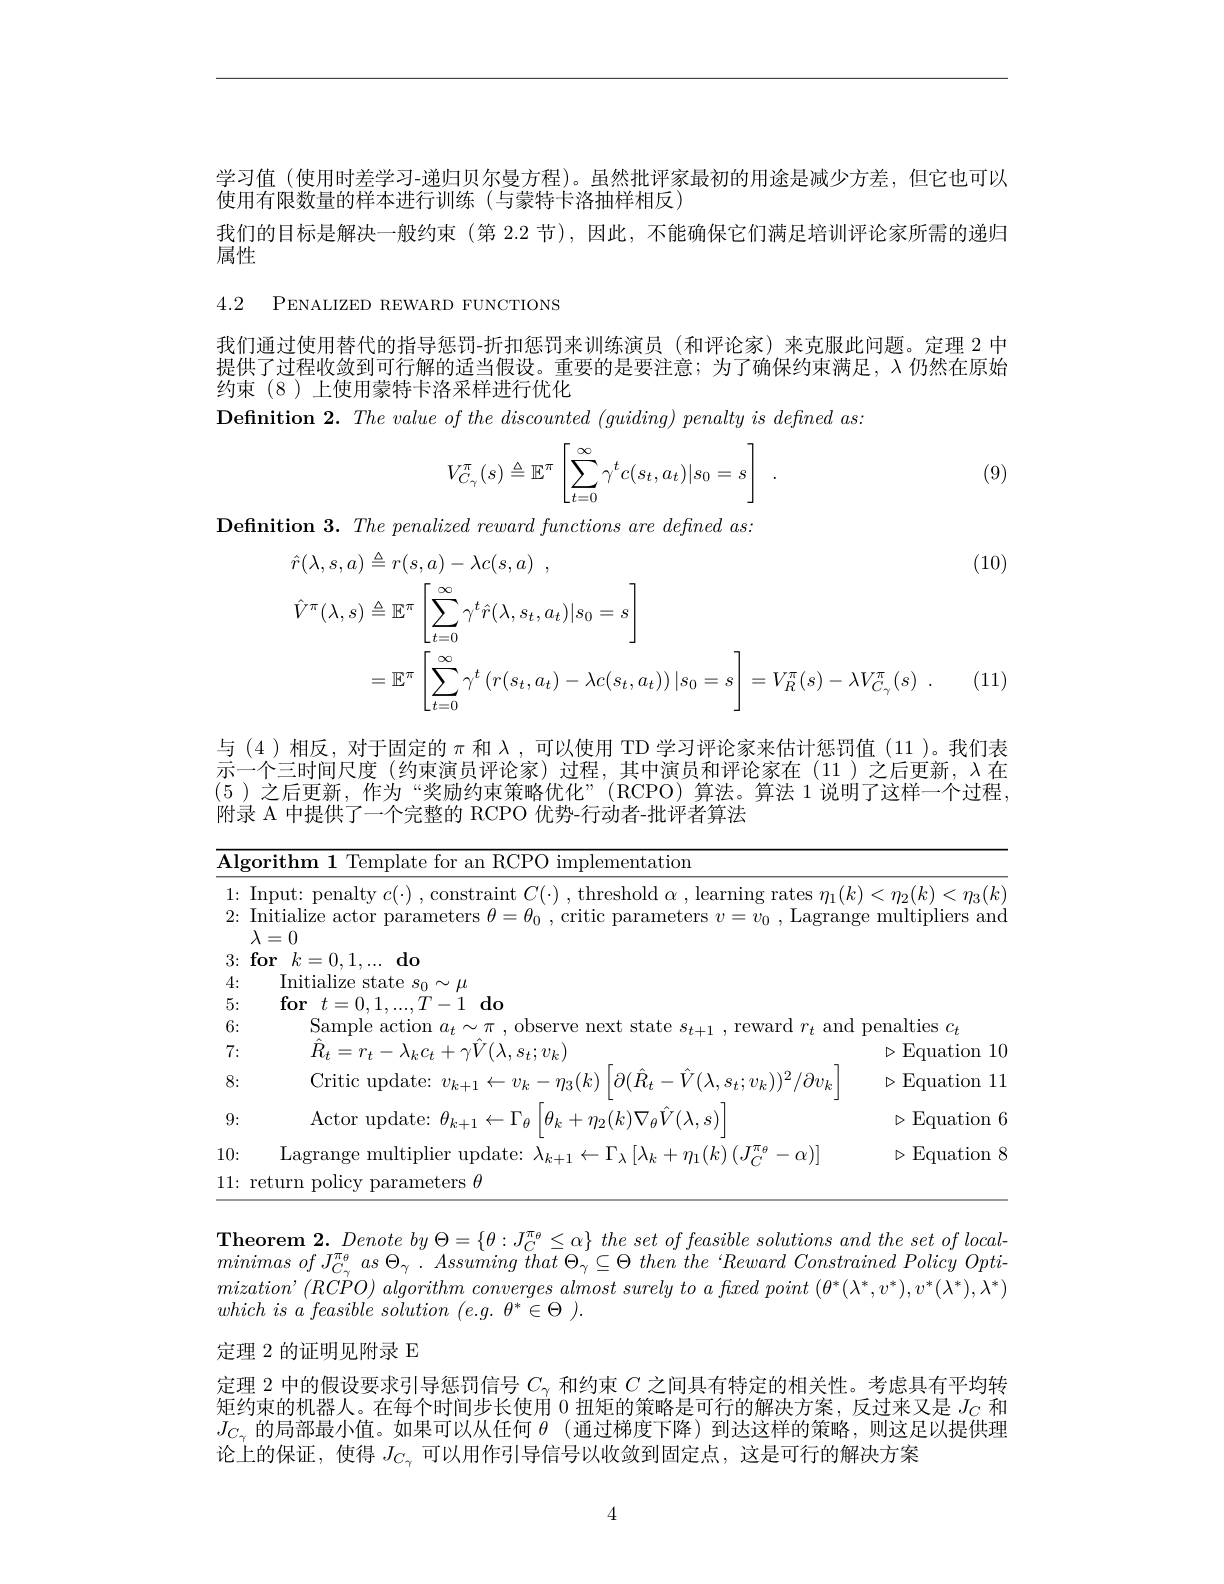
学习值 (使用时差学习-递归贝尔曼方程)。虽然批评家最初的用途是减少方差，但它也可以
使用有限数量的样本进行训练(与蒙特卡洛抽样相反)
我们的目标是解决一般约束 (第 2.2 节),因此，不能确保它们满足培训评论家所需的递归
属性

4.2 PENALIZED REWARD FUNCTIONS

我们通过使用替代的指导惩罚-折扣惩罚来训练演员 (和评论家)来克服此问题。定理 2 中提供了过程收敛到可行解的适当假设。重要的是要注意；为了确保约束满足，$\lambda$仍然在原始约束(8)上使用蒙特卡洛采样进行优化

$\textbf{Definition 2. The value of the discounted ( guiding) penalty is defined as: }$
$$V_{C_{\gamma}}^{\pi}(s)\triangleq\mathbb{E}^{\pi}\left[\sum_{t=0}^{\infty}\gamma^tc(s_t,a_t)|s_0=s\right]\:.$$
(9)

Definition 3. The penalized reward functions are defined as:

(10)
$$\begin{aligned}\hat{r}(\lambda,s,a)&\triangleq r(s,a)-\lambda c(s,a)\:,\\\hat{V}^{\pi}(\lambda,s)&\triangleq\mathbb{E}^{\pi}\left[\sum_{t=0}^{\infty}\gamma^{t}\hat{r}(\lambda,s_{t},a_{t})|s_{0}=s\right]\\&=\mathbb{E}^{\pi}\left[\sum_{t=0}^{\infty}\gamma^{t}\left(r(s_{t},a_{t})-\lambda c(s_{t},a_{t})\right)|s_{0}=s\right]=V_{R}^{\pi}(s)-\lambda V_{C_{\gamma}}^{\pi}(s)\:.\end{aligned}$$
(11)

与 (4)相反，对于固定的$\pi$和 入，可以使用 TD 学习评论家来估计惩罚值 (11 )。我们表示一个三时间尺度(约束演员评论家)过程，其中演员和评论家在(11)之后更新，$\lambda 在$ (5)之后更新，作为“奖励约束策略优化”(RCPO)算法。算法 1说明了这样一个过程， 附录 A 中提供了一个完整的 RCPO 优势-行动者-批评者算法

<table>
	<tbody>
		<tr>
			<td>$\overline{{\mathbf{Al}\xi}}$ T 5</td>
			<td>$|\boldsymbol{g}0$rithm $\mathrm{l}^{\prime}$lemnlate tor $a\Upsilon$ RCPO implementation</td>
			<td> </td>
		</tr>
		<tr>
			<td>1: </td>
			<td>COns 1mo rates</td>
			<td>$k)<\eta_{2}(k)$ $)<\eta_{3}(k)$</td>
		</tr>
		<tr>
			<td>2:</td>
			<td>: Initialize actor parameters $\theta=\theta_0$, critic parameters $v=v_0$, Lag $\lambda=0$</td>
			<td>multipliers and </td>
		</tr>
		<tr>
			<td>3: 1</td>
			<td>$: \textbf{for}$ $k=0.1\ldots$ $do$</td>
			<td> </td>
		</tr>
		<tr>
			<td>4:</td>
			<td>Initialize state $s_0\sim\mu$</td>
			<td> </td>
		</tr>
		<tr>
			<td>5:</td>
			<td>$\textbf{for}$ $t= 0, 1, . . . , T$ $T-1$do</td>
			<td> </td>
		</tr>
		<tr>
			<td>6:</td>
			<td>Sample action reward$r$</td>
			<td>$d$ penalties $C_{f}$</td>
		</tr>
		<tr>
			<td>7: </td>
			<td>$R_{i}$ $=r_{t}-.$ $\gamma V(\lambda$ $s_{t};v_{k})$ </td>
			<td>$\operatorname{Equation}$ 10 T</td>
		</tr>
		<tr>
			<td>8:</td>
			<td>Critic $\eta_{3}(k)$ $\partial(\hat{R}_{t}-\hat{V}(\lambda.$ 5: $.S_{t}\colon v_{k})^{2}/\partial$</td>
			<td>$\operatorname{Equation}$ 7 </td>
		</tr>
		<tr>
			<td>9:</td>
			<td>$\left|\theta_{k}+\eta_{2}(k)\nabla_{\theta}\hat{V}(\lambda,s)\right.$ ${\mathrm{Actor~update:~}\theta_{k+1}}\leftarrow\Gamma_{\theta}$</td>
			<td>Equation $D$ Y</td>
		</tr>
		<tr>
			<td>10:</td>
			<td>Lagrang $1\cdot$ $m_{1}/k)/$ $\gamma$</td>
			<td>1 Equation $\aleph$</td>
		</tr>
		<tr>
			<td>11: 1 </td>
			<td>parameters $\theta$</td>
			<td> </td>
		</tr>
	</tbody>
</table>

$\textbf{Theorem 2. Denote by }\Theta = \{ \theta : J_{C}^{\pi _{\theta }}\leq \alpha \}$ the set $of$ feasible solutions and the set $of$ localminimas $of$ $J_{C_{\gamma }}^{\pi _{\theta }}$ $as$ $\Theta _{\gamma }$ . Assuming that $\Theta _{\gamma }\subseteq \Theta$ then the $` Reward$ Constrained Policy $Opti-$ $mization’ ( RCPO) \textit{ algorithm converges almost surely to a flxed point }( \theta ^* ( \lambda ^* , v^* ) , v^* ( \lambda ^* ) , \lambda ^* )$ which $is$ $a$ feasible solution $( e. g.$ $\theta ^* \in \Theta$ ).

## 定理 2 的证明见附录 E

定理 2 中的假设要求引导惩罚信号$C_{\gamma}$和约束$C$之间具有特定的相关性。考虑具有平均转矩约束的机器人。在每个时间步长使用0扭矩的策略是可行的解决方案，反过来又是$J_C$和$J_{C_{\gamma}}$的局部最小值。如果可以从任何$\theta$ (通过梯度下降)到达这样的策略，则这足以提供理论上的保证，使得$J_{C_{\gamma}}$可以用作引导信号以收敛到固定点，这是可行的解决方案

4